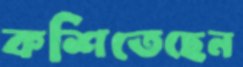
কশিতেছেন